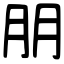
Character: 朋